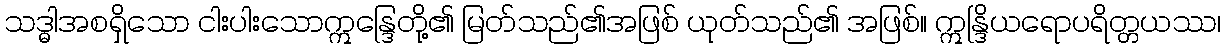
သဒ္ဓါအစရှိသော ငါးပါးသောဣန္ဒြေတို့၏ မြတ်သည်၏အဖြစ် ယုတ်သည်၏ အဖြစ်။ ဣန္ဒြိယရောပရိတ္တယဿ၊